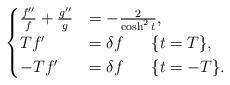
LaTeX: \begin{align*}\begin{cases}\frac{f''}{f}+\frac{g''}{g}&=-\frac{2}{\cosh^2{t}},\\Tf' &=\delta f ~~~~~ \{t=T\},\\-Tf' &=\delta f ~~~~~ \{t=-T\}.\end{cases}\end{align*}